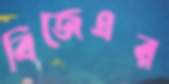
বিজেএর